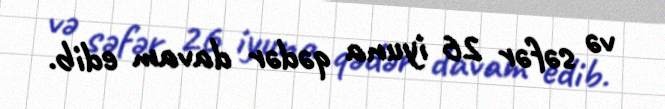
və səfər 26 iyuna qədər davam edib.